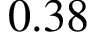
0 . 3 8